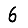
Digit: 6